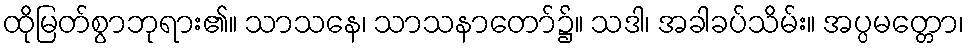
ထိုမြတ်စွာဘုရား၏။ သာသနေ၊ သာသနာတော်၌။ သဒါ၊ အခါခပ်သိမ်း။ အပ္ပမတ္တော၊